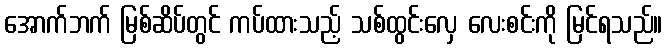
အောက်ဘက် မြစ်ဆိပ်တွင် ကပ်ထားသည့် သစ်ထွင်းလှေ လေးစင်းကို မြင်ရသည်။